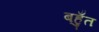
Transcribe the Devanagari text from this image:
बहुँत